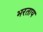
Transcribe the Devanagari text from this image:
भरताय